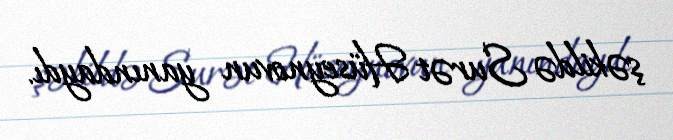
şəkildə Surət Hüseynovun yanındaydı.